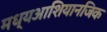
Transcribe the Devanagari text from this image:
मध्यआशियानजिक